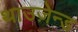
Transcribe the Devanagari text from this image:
थाउज़ेन्ड